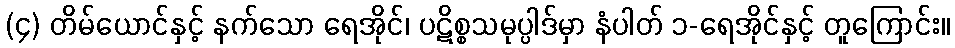
(၄) တိမ်ယောင်နှင့် နက်သော ရေအိုင်၊ ပဋိစ္စသမုပ္ပါဒ်မှာ နံပါတ် ၁-ရေအိုင်နှင့် တူကြောင်း။